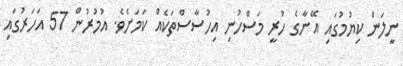
ނީލަން ކިޔުމުގައި އޭނާގެ ހުރީ މަސްހުނި އިހުސާސްތަކެއް ކަމަށެވެ. އުމުރުން 57 އަހަރުގައި